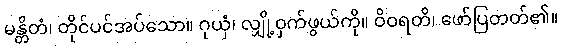
မန္တိတံ၊ တိုင်ပင်အပ်သော။ ဂုယှံ၊ လျှို့ဝှက်ဖွယ်ကို။ ဝိဝရတိ၊ ဖော်ပြတတ်၏။